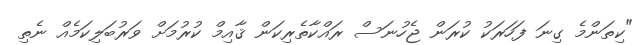
"ކިތަންމެ ގިނަ ފަހަރަކު ކުރަން ޖެހުނަސް ރައްކާތެރިކަން ޤާއިމް ކުރުމަށް ވަރުބަލިކަމެއް ނެތި